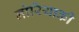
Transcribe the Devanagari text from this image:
नोरियाकी